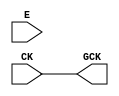
// This program was cloned from: https://github.com/lnis-uofu/LSOracle
// License: MIT License

module OPENROAD_CLKGATE (CK, E, GCK);
  input CK;
  input E;
  output GCK;

`ifdef OPENROAD_CLKGATE

sky130_fd_sc_hd__dlclkp_1 latch (.CLK (CK), .GATE(E), .GCLK(GCK));

`else

assign GCK = CK;

`endif

endmodule